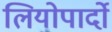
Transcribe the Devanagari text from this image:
लियोपार्दो